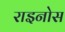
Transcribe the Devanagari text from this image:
राइनोस